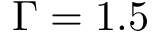
\Gamma = 1 . 5